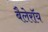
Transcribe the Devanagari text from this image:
बैलेरॉय